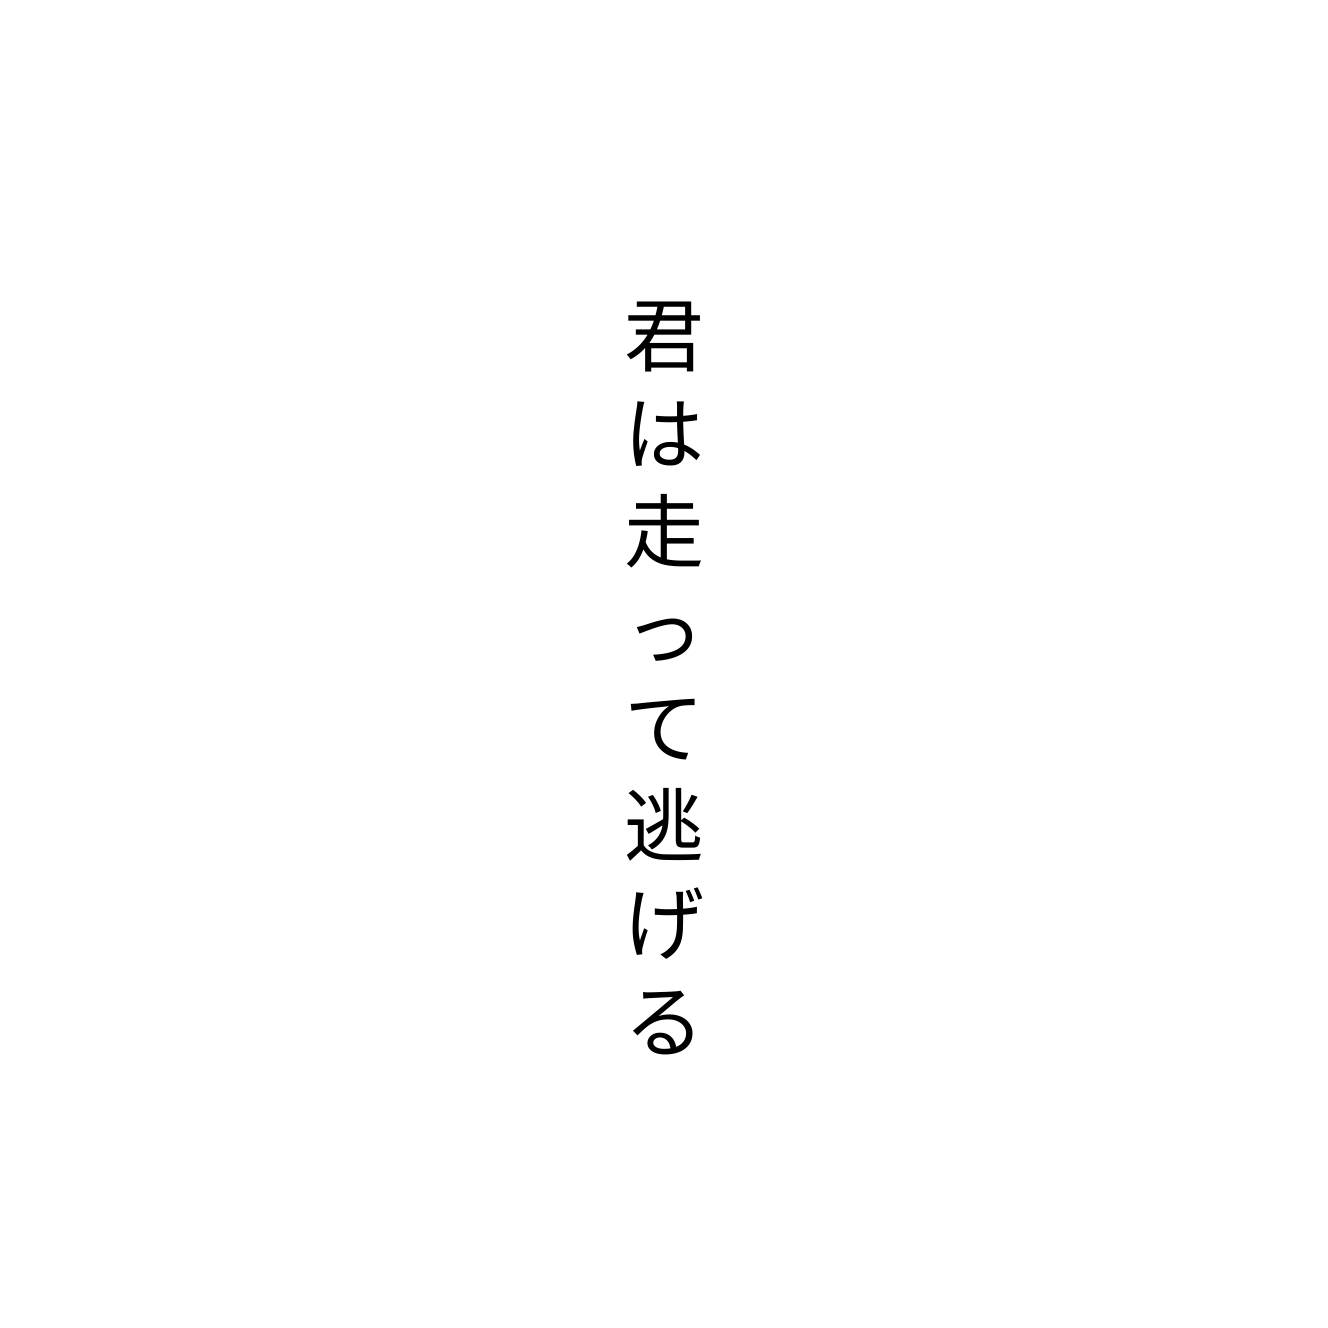
君は走って逃げる